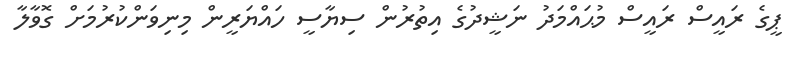
ޕީގެ ރައީސް ރައީސް މުޙައްމަދު ނަޝީދުގެ އިތުރުން ސިޔާސީ ހައްޔަރީން މިނިވަންކުރުމަށް ގޮވާލާ